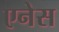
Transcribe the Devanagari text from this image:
एनेस